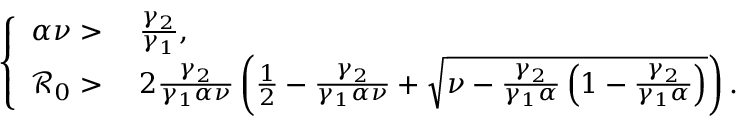
\left\{ \begin{array} { r l } { \alpha \nu > } & { { } \; \frac { \gamma _ { 2 } } { \gamma _ { 1 } } , } \\ { \mathcal { R } _ { 0 } > } & { { } \; 2 \frac { \gamma _ { 2 } } { \gamma _ { 1 } \alpha \nu } \left( \frac { 1 } { 2 } - \frac { \gamma _ { 2 } } { \gamma _ { 1 } \alpha \nu } + \sqrt { \nu - \frac { \gamma _ { 2 } } { \gamma _ { 1 } \alpha } \left( 1 - \frac { \gamma _ { 2 } } { \gamma _ { 1 } \alpha } \right) } \right) . } \end{array} \right.